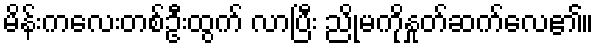
မိန်းကလေးတစ်ဦးထွက် လာပြီး ညိုမကိုနှုတ်ဆက်လေ၏။